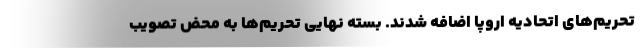
تحریم‌های اتحادیه اروپا اضافه شدند. بسته نهایی تحریم‌ها به محض تصویب